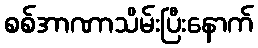
စစ်အာဏာသိမ်းပြီးနောက်